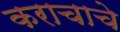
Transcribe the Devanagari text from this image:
कराचाचे